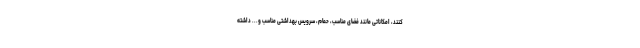
کنند، امکاناتی مانند فضای مناسب، حمام، سرویس بهداشتی مناسب و... داشته